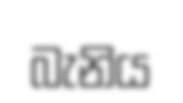
බැනිය